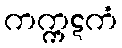
ကက္ကဋကံ